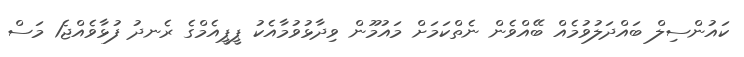
ކައުންސިލް ބައްދަލުވުމެއް ބޭއްވެން ނެތްކަމަށް މައުމޫން ވިދާޅުވުމާއެކު ޕީޕީއެމްގެ ރެނދު ފުޅާވެއްޖެ1 މަސް